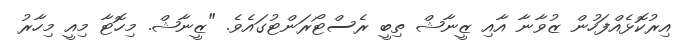
އިރުކޮޅެއްފަހުން ޒުވާނާ އާއި ޒީނާޝް ތިބީ ރެސްޓޯރަންޓުގައެވެ. "ޒީނާޝް. މިހޮޓާ މިއީ މިހާރު